Problem: 3 ÷ 3 = ?
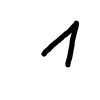
Handwritten answer: 1